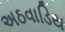
અઠવાડિય